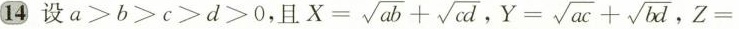
14 设$$a > b > c > d > 0$$，且 $$X = \sqrt { a b } + \sqrt { c d }$$ ， $$Y = \sqrt { a c } + \sqrt { b d }$$，$$Z =$$